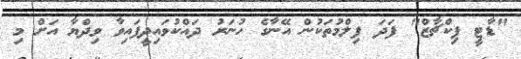
"ޑާޓީ ޕިކްޗާޒް" ފަދަ ފިލްމުތަކުން އޭނާގެ ހުނަރު ދައްކުވައިދީފައިވާ ވިދްޔާ އަށް މި